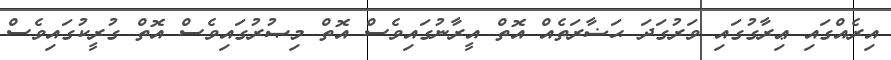
އިރެއްގައި ޢިރާގުގައި ވަރުގަދަ ޙަޟާރަތެއް އޮތް އީރާނުގައިވެސް އޮތް މިޞުރުގައިވެސް އޮތް ގުރީކުގައިވެސް